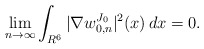
\begin{align*}\lim_{n\to\infty}\int_{R^6}|\nabla w^{J_0}_{0,n}|^2(x)\,dx=0.\end{align*}